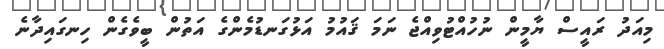
މިއަދު ރައީސް ޔާމީން ނުހުއްޓުވިއްޖެ ނަމަ ޤައުމު އަޅުގަނޑުމެންގެ އަތުން ބީވެގެން ހިނގައިދާނެ